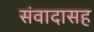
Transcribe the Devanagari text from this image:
संवादासह